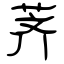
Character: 荠